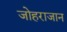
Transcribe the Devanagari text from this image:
जोहराजान